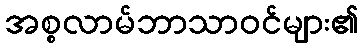
အစ္စလာမ်ဘာသာဝင်များ၏